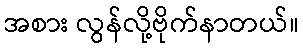
အစား လွန်လို့ဗိုက်နာတယ်။